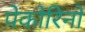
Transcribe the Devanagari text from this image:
पेकोरिनो